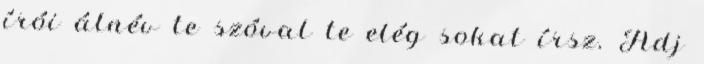
írói álnév te szóval te elég sokat írsz. Adj